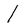
Character: I